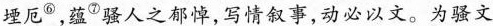
堙厄^{⑥}，蕴^{⑦}骚人之郁悼，写情叙事，动必以文。为骚文